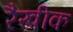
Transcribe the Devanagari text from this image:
रैखीक